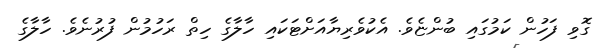
ގޮވި ފަހުން ކަމުގައި ބުންޏެވެ. އެކުވެރިޔާއަށްޓަކައި ހާލާގެ ހިތް ރަހުމުން ފުރުނެވެ. ހާލާގެ